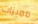
مميزات